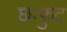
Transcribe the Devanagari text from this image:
छःफुट